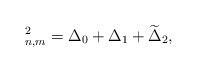
LaTeX: \begin{align*} _{n,m}^{2}=\Delta_{0}+\Delta_{1}+\widetilde{\Delta}_{2},\end{align*}